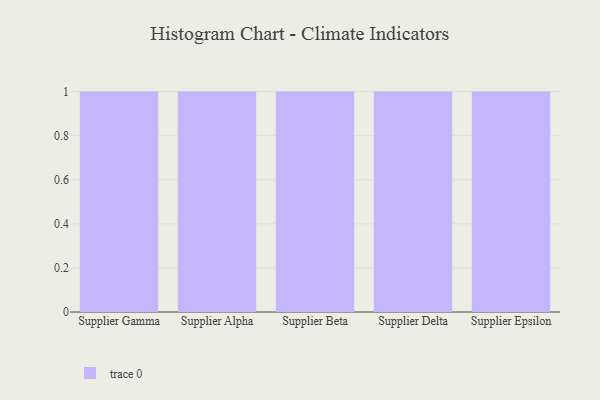
{"axis": {"x": "Supplier", "y": "Churn Rate (%)"}, "legend": [""], "data": [{"x": "Supplier Gamma", "y": 7, "type": ""}, {"x": "Supplier Alpha", "y": 53, "type": ""}, {"x": "Supplier Beta", "y": 26, "type": ""}, {"x": "Supplier Delta", "y": 70, "type": ""}, {"x": "Supplier Epsilon", "y": 94, "type": ""}]}